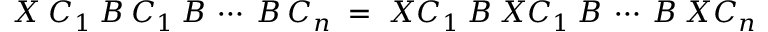
X \; C _ { 1 } \: { \cal { B } } \: C _ { 1 } \: { \cal { B } } \: \cdots \: { \cal { B } } \: C _ { n } \; = \; X C _ { 1 } \: { \cal { B } } \: X C _ { 1 } \: { \cal { B } } \: \cdots \: { \cal { B } } \: X C _ { n } \; \; \; \; \;